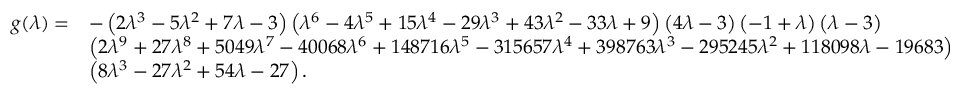
\begin{array} { r l } { g ( \lambda ) = } & { - \left( 2 \lambda ^ { 3 } - 5 \lambda ^ { 2 } + 7 \lambda - 3 \right) \left( \lambda ^ { 6 } - 4 \lambda ^ { 5 } + 1 5 \lambda ^ { 4 } - 2 9 \lambda ^ { 3 } + 4 3 \lambda ^ { 2 } - 3 3 \lambda + 9 \right) \left( 4 \lambda - 3 \right) \left( - 1 + \lambda \right) \left( \lambda - 3 \right) } \\ & { \left( 2 \lambda ^ { 9 } + 2 7 \lambda ^ { 8 } + 5 0 4 9 \lambda ^ { 7 } - 4 0 0 6 8 \lambda ^ { 6 } + 1 4 8 7 1 6 \lambda ^ { 5 } - 3 1 5 6 5 7 \lambda ^ { 4 } + 3 9 8 7 6 3 \lambda ^ { 3 } - 2 9 5 2 4 5 \lambda ^ { 2 } + 1 1 8 0 9 8 \lambda - 1 9 6 8 3 \right) } \\ & { \left( 8 \lambda ^ { 3 } - 2 7 \lambda ^ { 2 } + 5 4 \lambda - 2 7 \right) . } \end{array}